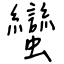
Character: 蠻